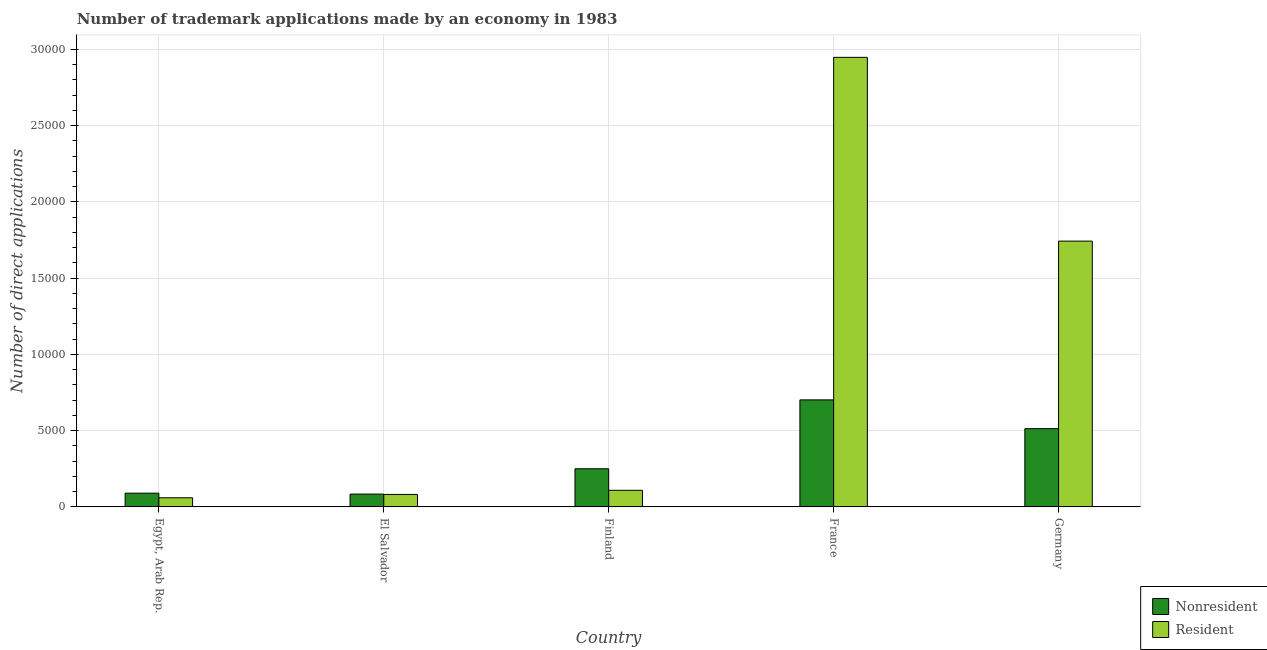
| Country | Nonresident | Resident |
 | --- | --- | --- |
 | Egypt, Arab Rep. | 902 | 600 |
 | El Salvador | 842 | 818 |
 | Finland | 2.5e+03 | 1.09e+03 |
 | France | 7.02e+03 | 2.95e+04 |
 | Germany | 5.13e+03 | 1.74e+04 |